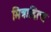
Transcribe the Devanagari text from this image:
मित्रादित्य